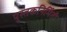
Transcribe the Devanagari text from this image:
पुस्तकनिर्मिती